Civil Veterinary Dept. Bombay admin report 1914-1922 - 1914-1922
Year: 1914
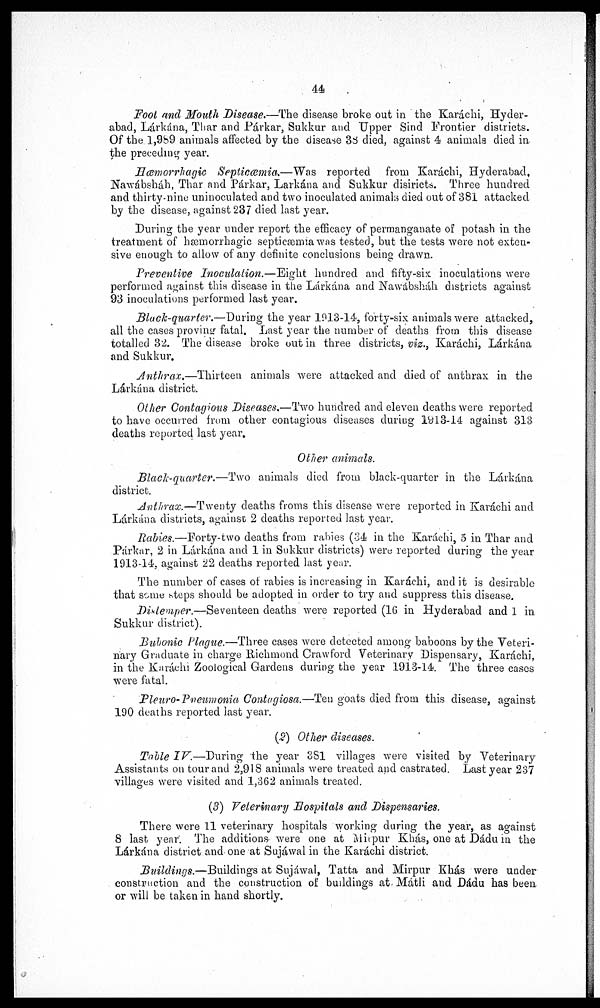
44
Foot and Mouth Disease.—The disease broke out in the Karáchi, Hyder-
abad, Lárkána, Thar and Párkar, Sukkur and Upper Sind Frontier districts.
Of the l,989 animals affected by the disease 38 died, against 4 animals died in
the preceding year.
Hæmorrhagic Septicæmia.—Was
reported from Karáchi, Hyderabad,
Nawábsháh, Thar and Párkar, Larkána and Sukkur disiricts. Three hundred
and thirty-nine uninoculated and two inoculated animals died out of 381 attacked
by the disease, against 237 died last year.
During the year under report the efficacy of permanganate of potash in the
treatment of hæmorrhagic septicæmia was tested, but the tests were not exten-
sive enough to allow of any definite conclusions being drawn.
Preventive Inoculation.—Eight
hundred and fifty-six inoculations were
performed against this disease in the Lárkána and Nawábsháh districts against
93 inoculations performed last year.
Black-quarter.—During the year 1913-14, forty-six animals were attacked,
all the cases proving fatal. Last year the number of deaths from this disease
totalled 32. The disease broke out in three districts, viz., Karáchi, Lárkána
and Sukkur.
Anthrax.—Thirteen
animals were attacked and died of anthrax in the
Lárkána district.
Other Contagious Diseases.—Two hundred and eleven deaths were reported
to have occurred from other contagious diseases during 1913-14 against 313
deaths reported last year.
Other animals.
Black-quarter.—Two
animals died from black-quarter in the Lárkána
district.
Anthrax.—Twenty deaths froms this disease were reported in Karáchi and
Lárkána districts, against 2 deaths reported last year.
Rabies.—Forty-two deaths from rabies (34 in the Karachi, 5 in Thar and
Párkar, 2 in Lárkána and 1 in Sukkur districts) were reported during the year
1913-14, against 22 deaths reported last year.
The number of cases of rabies is increasing in Karachi, and it is desirable
that some steps should be adopted in order to try and suppress this disease.
Distemper.—Seventeen deaths were reported (16 in Hyderabad and 1 in
Sukkur district).
Bubonic Plague.—Three cases were detected among baboons by the Veteri-
nary Graduate in charge Richmond Crawford Veterinary Dispensary, Karachi,
in the Karachi Zoological Gardens during the year 1913-14. The three cases
were fatal.
Pleuro-Pneumonia Contagiosa.—Ten goats died from this disease, against
190 deaths reported last year.
(2) Other diseases.
Table IV.—During
the year 381 villages were visited by Veterinary
Assistants on tour and 2,918 animals were treated and castrated. Last year 237
villages were visited and 1,362 animals treated.
(3) Veterinary Hospitals and Dispensaries.
There were 11 veterinary hospitals working during the year, as against
8 last year. The additions were one at Mi pur Khás, one at Dádu in the
Lárkána district and one at Sujáwal in the Karachi district.
Buildings.—Buildings at Sujáwal, Tatta and Mirpur Khás were under
construction and the construction of buildings at Mátli and Dádu has been.
or will be taken in hand shortly.